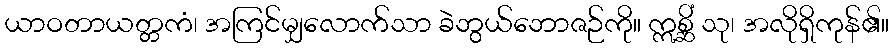
ယာဝတာယတ္တကံ၊ အကြင်မျှလောက်သာ ခဲဘွယ်ဘောဇဉ်ကို။ ဣစ္ဆိံ သု၊ အလိုရှိကုန်၏။